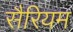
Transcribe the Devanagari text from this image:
सैरियम